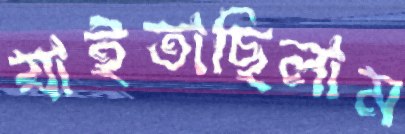
যাইতাছিলাম